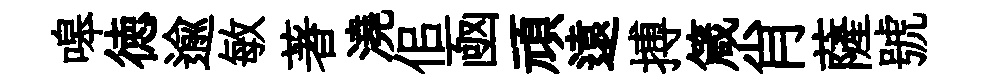
嗥徳逾敏著澆佀凾頑遠搏箴肖薩號